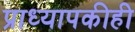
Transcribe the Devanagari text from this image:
प्राध्यापकीही